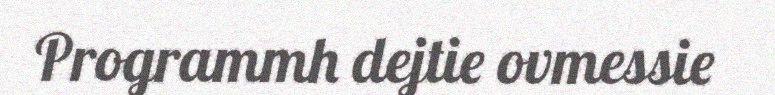
Programmh dejtie ovmessie